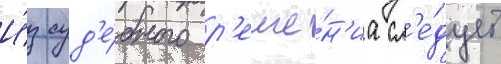
И́з суд'е́бного р'еше́н'иа сл'е́дует